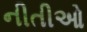
નીતીઓ